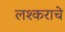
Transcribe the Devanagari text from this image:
लश्कराचे